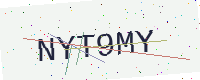
Text: NYT9MY